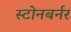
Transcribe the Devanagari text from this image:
स्टोनबर्नर